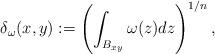
LaTeX: \begin{align*}\delta_\omega(x,y):=\left(\int_{B_{xy}}\omega(z)dz\right)^{1/n},\end{align*}